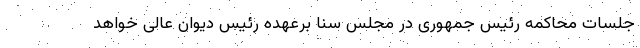
جلسات محاکمه رئیس جمهوری در مجلس سنا برعهده رئیس دیوان عالی خواهد